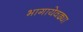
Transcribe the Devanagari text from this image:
भागायेवढ्या